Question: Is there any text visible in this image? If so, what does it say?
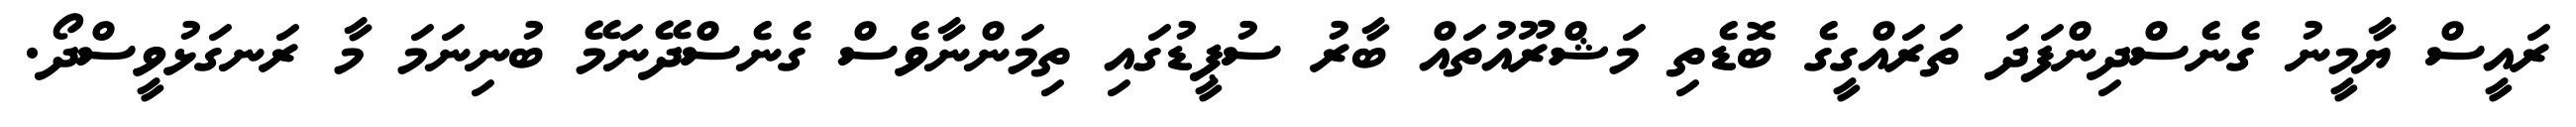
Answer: ރައީސް ޔާމީނު ގެނެސްދިންފަދަ ތަރައްގީގެ ބޮޑެތި މަޝްރޫއުތައް ބާރު ސުޕީޑުގައި ތިމަންނާވެސް ގެނެސްދޭނަމޭ ބުނިނަމަ މާ ރަނގަޅުވީސްދޯ.